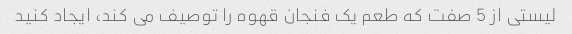
لیستی از 5 صفت که طعم یک فنجان قهوه را توصیف می کند، ایجاد کنید